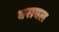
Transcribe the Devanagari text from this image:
वरावल